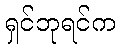
ရှင်ဘုရင်က